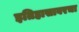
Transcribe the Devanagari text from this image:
इतिहासावरचा